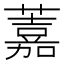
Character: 䕒